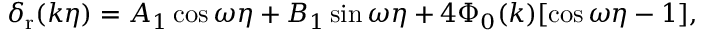
\delta _ { \mathrm { r } } ( k \eta ) = A _ { 1 } \cos { \omega \eta } + B _ { 1 } \sin { \omega \eta } + 4 \Phi _ { 0 } ( k ) [ \cos { \omega \eta } - 1 ] ,